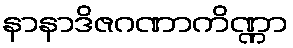
နာနာဒိဇဂဏာကိဏ္ဏာ